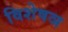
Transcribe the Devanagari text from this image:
विशेषञ